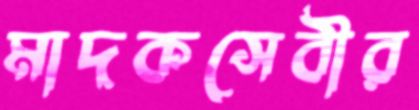
মাদকসেবীর